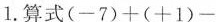
1.算式$$ (-7)+(+1)-$$